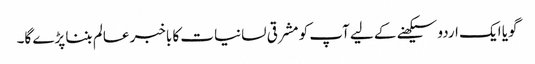
گویا ایک اردو سیکھنے کے لیے آپ کو مشرقی لسانیات کا باخبر عالم بننا پڑے گا۔